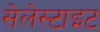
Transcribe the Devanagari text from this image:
सेलेस्टाइट